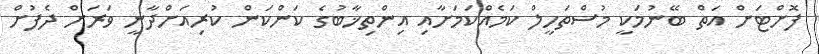
ފޮށްޓަށް އަތް ބޭނުމަކީ މުސްތަހީލް ކަމެއްކަމަށާއި އިންތިޚާބުގެ ކަންކަން ކުރިއަށްދާނީ ވަރަށް ދެފުށް